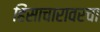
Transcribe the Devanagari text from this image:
हिंसाचारावरचा